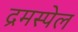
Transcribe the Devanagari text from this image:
द्रमस्पेल